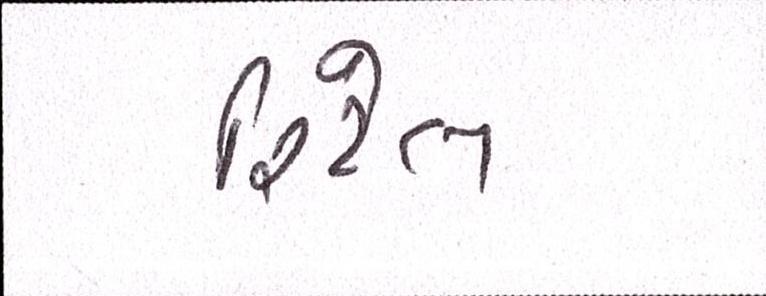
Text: રિટેલ